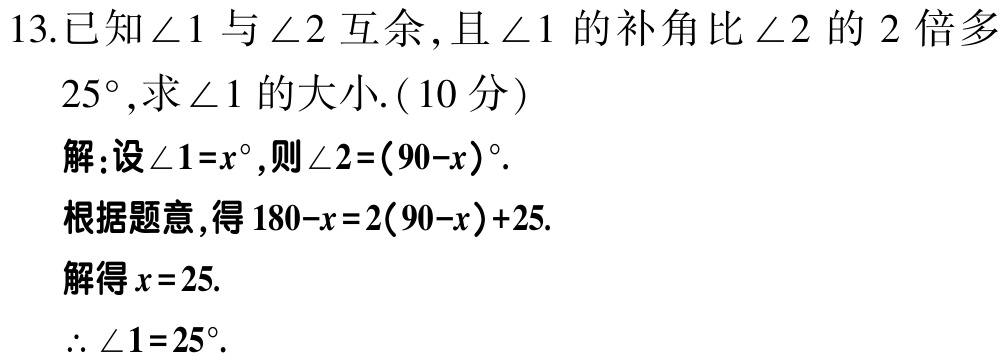
13.已知\(\angle 1\)与\(\angle 2\)互余,且\(\angle 1\)的补角比\(\angle 2\)的\(2\)倍多\(25^{\circ}\),求\(\angle 1\)的大小.( \(10\)分)

解:设\(\angle 1 = x^{\circ}\),则\(\angle 2=(90 - x)^{\circ}\).

根据题意,得\(180 - x = 2(90 - x)+25\).

解得\(x = 25\).

\(\therefore \angle 1 = 25^{\circ}\).